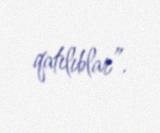
qatılıblar”.